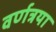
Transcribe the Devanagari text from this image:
वर्णत्रया